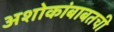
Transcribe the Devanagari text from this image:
अशोकांबाबतची